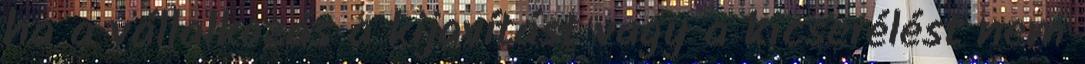
ha a vállalkozás a kijavítást vagy a kicserélést nem